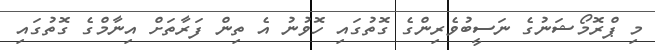
މި ޕްރޮމޯޝަނުގެ ނަސީބުވެރިންގެ ގޮތުގައި ހޮވުނު އެ ތިން ފަރާތަށް އިނާމްގެ ގޮތުގައި